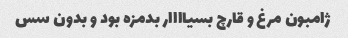
ژامبون مرغ و قارچ بسیاااار بدمزه بود و بدون سس